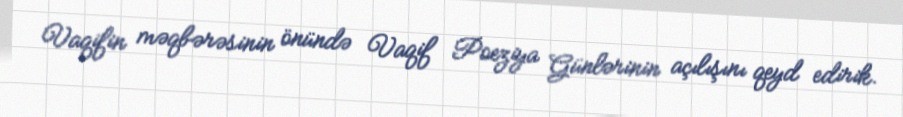
Vaqifin məqbərəsinin önündə Vaqif Poeziya Günlərinin açılışını qeyd edirik.